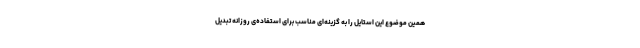
همین موضوع این استایل را به گزینه‌ای مناسب برای استفاده‌ی روزانه تبدیل